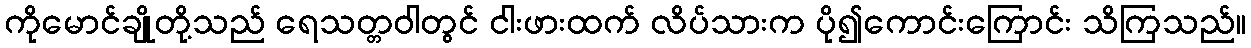
ကိုမောင်ချိုတို့သည် ရေသတ္တဝါတွင် ငါးဖားထက် လိပ်သားက ပို၍ကောင်းကြောင်း သိကြသည်။